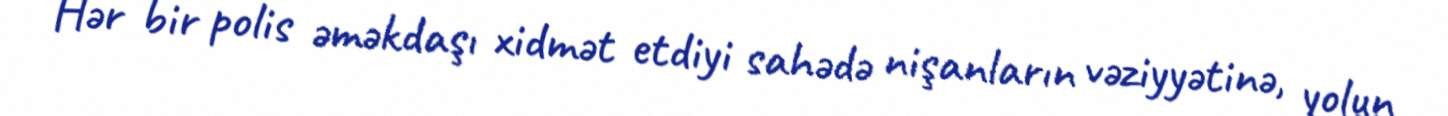
Hər bir polis əməkdaşı xidmət etdiyi sahədə nişanların vəziyyətinə, yolun